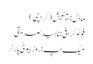
ماڈل : بینیش ( کراچی )
فوٹو گرافی : ناہید صدیقی
میک اپ :روز بیوٹی پارلر